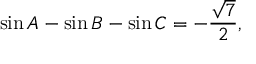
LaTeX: \sin A - \sin B - \sin C = - { \frac { \sqrt { 7 } } { 2 } } ,